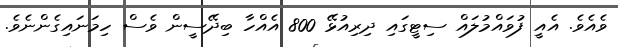
ވެއެވެ. އެއީ ފުވައްމުލައް ސިޓީގައި ދިރިއުޅޭ 800 އެއްހާ ބިދޭސީން ވެސް ހިމަނައިގެންނެވެ.